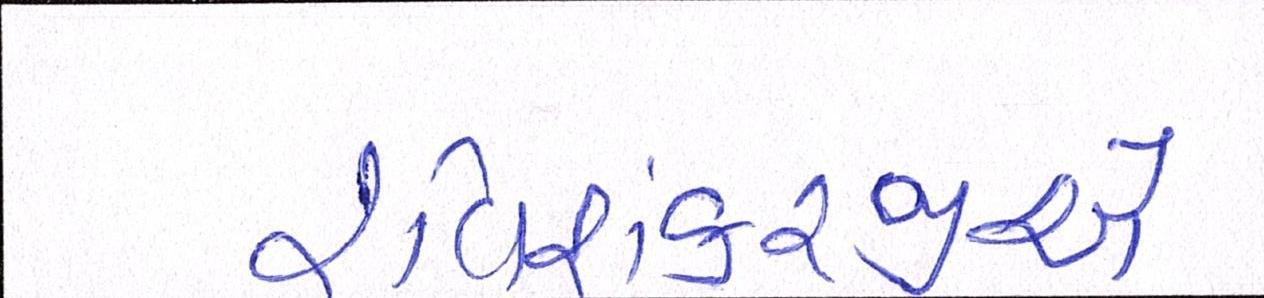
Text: રવિશંકરજીએ